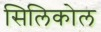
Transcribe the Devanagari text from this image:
सिलिकोल